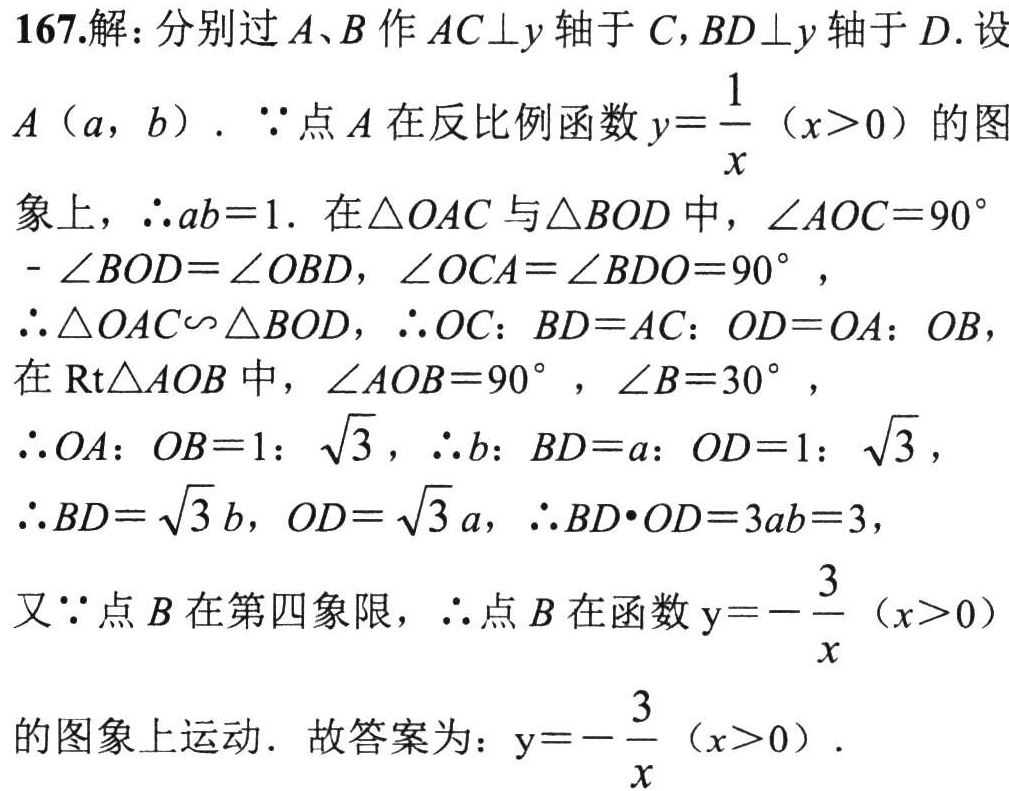
167.解：分别过\(A、B\)作\(AC\perp y\)轴于\(C\)，\(BD\perp y\)轴于\(D\).设
\(A(a,b)\). \(\because\)点\(A\)在反比例函数\(y = \dfrac{1}{x}(x > 0)\)的图
象上，\(\therefore ab = 1\). 在\(\triangle OAC\)与\(\triangle BOD\)中，\(\angle AOC = 90^{\circ}\)
\(-\angle BOD=\angle OBD\)，\(\angle OCA=\angle BDO = 90^{\circ}\)，
\(\therefore\triangle OAC\backsim\triangle BOD\)，\(\therefore OC:BD = AC:OD = OA:OB\)，
在\(\text{Rt}\triangle AOB\)中，\(\angle AOB = 90^{\circ}\)，\(\angle B = 30^{\circ}\)，
\(\therefore OA:OB = 1:\sqrt{3}\)，\(\therefore b:BD = a:OD = 1:\sqrt{3}\)，
\(\therefore BD=\sqrt{3}b\)，\(OD=\sqrt{3}a\)，\(\therefore BD\cdot OD = 3ab = 3\)，
又\(\because\)点\(B\)在第四象限，\(\therefore\)点\(B\)在函数\(y = -\dfrac{3}{x}(x > 0)\)
的图象上运动. 故答案为：\(y = -\dfrac{3}{x}(x > 0)\).